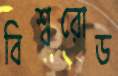
বিশ্বরোড